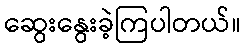
ဆွေးနွေးခဲ့ကြပါတယ်။